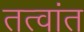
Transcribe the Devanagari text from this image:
तत्वांत